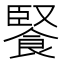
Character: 𩜬